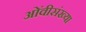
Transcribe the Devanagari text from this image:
ओंवीसंख्या